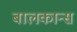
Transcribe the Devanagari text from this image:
बालकान्स